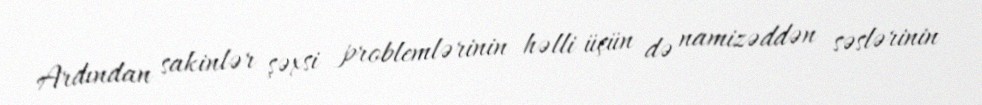
Ardından sakinlər şəxsi problemlərinin həlli üçün də namizəddən səslərinin